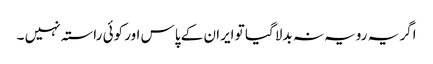
اگر یہ رویہ نہ بدلا گیا تو ایران کے پاس اور کوئی راستہ نہیں ۔